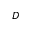
D